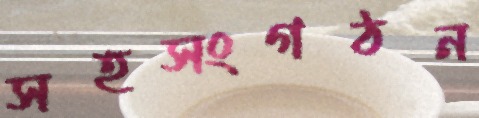
সহসংগঠন